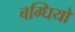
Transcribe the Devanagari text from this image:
बग्घियों